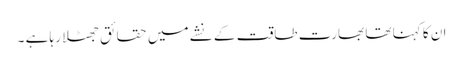
ان کا کہنا تھا بھارت طاقت کے نشے میں حقائق جھٹلا رہا ہے ۔